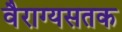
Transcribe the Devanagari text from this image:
वैराग्यसतक